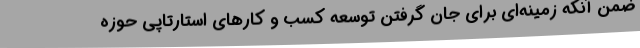
ضمن آنکه زمینه‌ای برای جان گرفتن توسعه کسب و کارهای استارتاپی حوزه